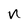
Character: n